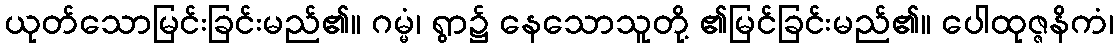
ယုတ်သောမြင်းခြင်းမည်၏။ ဂမ္မံ၊ ရွာ၌ နေသောသူတို့ ၏မြင်ခြင်းမည်၏။ ပေါထုဇ္ဇနိကံ၊